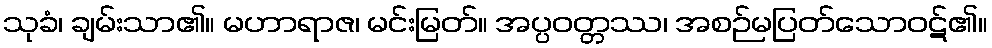
သုခံ၊ ချမ်းသာ၏။ မဟာရာဇ၊ မင်းမြတ်။ အပ္ပဝတ္တဿ၊ အစဉ်မပြတ်သောဝဋ်၏။